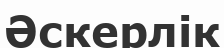
Әскерлік